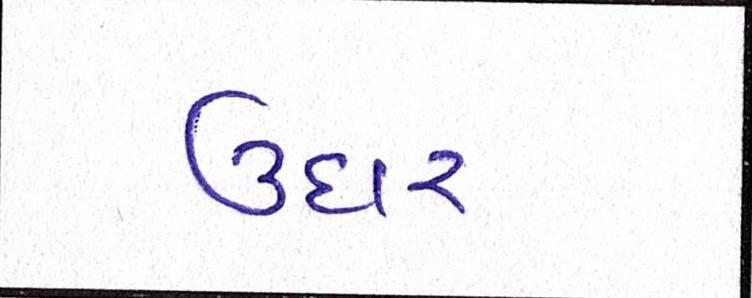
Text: ઉદાર